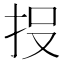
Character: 𭠘